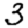
Digit: 3